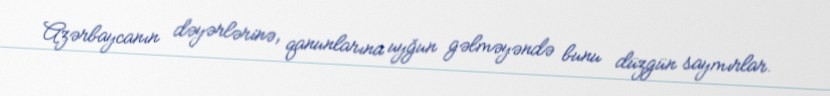
Azərbaycanın dəyərlərinə, qanunlarına uyğun gəlməyəndə bunu düzgün saymırlar.